Madras plague regulations and rules - Volume 2
Disease focus: Plague
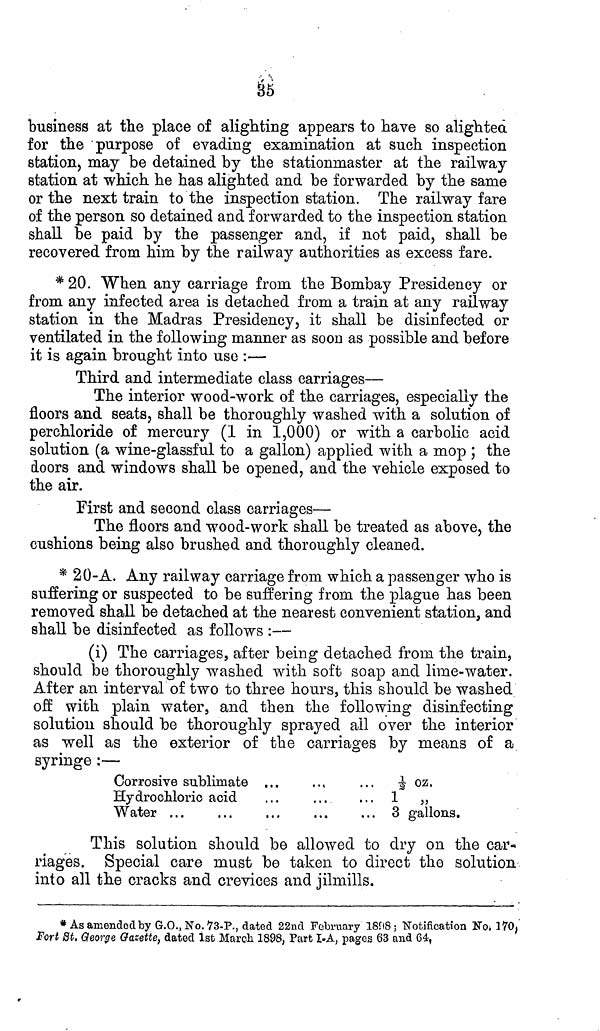
35
business at the place of alighting appears to have so alightea
for the purpose of evading examination at such inspection
station, may be detained by the statiomnaster at the railway
station at which he has alighted and he forwarded by the same
or the next train to the inspection station. The railway fare
of the person so detained and forwarded to the inspection station
shall he paid by the passenger and, if not paid, shall be
recovered from him by the railway authorities as excess fare.
* 20. When any carriage from the Bombay Presidency or
from any infected area is detached from a train at any railway
station in the Madras Presidency, it shall be disinfected or
ventilated in the following manner as soon as possible and before
it is again brought into use :—
Third and intermediate class carriages—
The interior wood-work of the carriages, especially the
floors and seats, shall be thoroughly washed with a solution of
perchloride of mercury (1 in 1,000) or with a carbolic acid
solution (a wine-glassful to a gallon) applied with a mop ; the
doors and windows shall be opened, and the vehicle exposed to
the air.
First and second class carriages—
The floors and wood-work shall be treated as above, the
cushions being also brushed and thoroughly cleaned.
* 20-A. Any railway carriage from which a passenger who is
suffering or suspected to be suffering from the plague has been
removed shall be detached at the nearest convenient station, and
shall be disinfected as follows :—
(i) The carriages, after being detached from the train,
should be thoroughly washed with soft soap and lime-water.
After an interval of two to three hours, this should be washed
off with plain water, and then the following disinfecting
solution should be thoroughly sprayed ail over the interior
as well as the exterior of the carriages by means of a
syringe :—
Corrosive sublimate ...
Hydrochloric acid
Water ...
½ OZ.
1
„
3 gallons.
This solution should be allowed to dry on the car-
riages. Special care must be taken to direct the solution
into all the cracks and crevices and jilmills.
* As amended by G.O., No. 73-P., dated 22nd February 1898; Notification No. l70,
Fort St. George Gazette, dated 1st March 1898, Part I-A, pages 63 and 64,